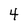
Character: 4